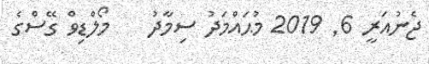
ޖެނުއަރީ 6